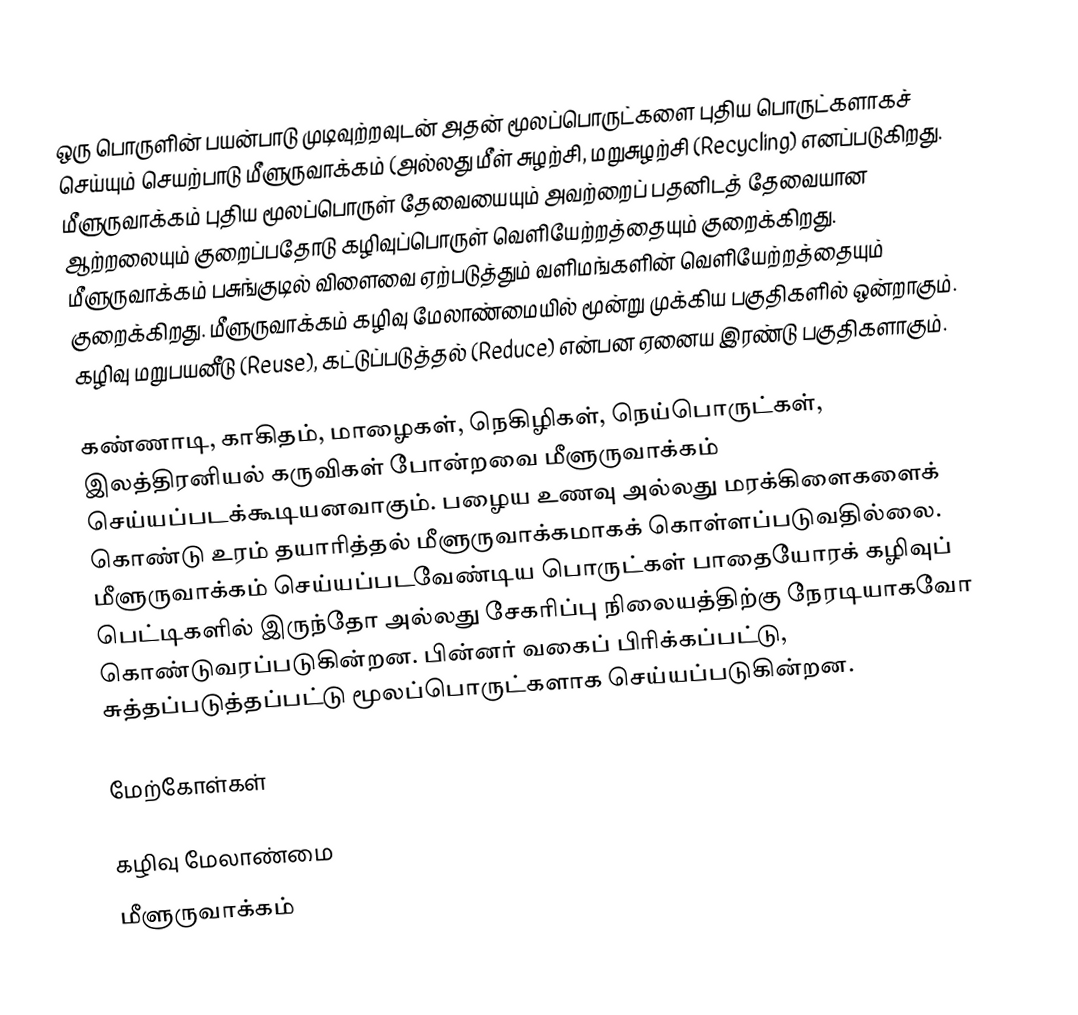
ஒரு பொருளின் பயன்பாடு முடிவுற்றவுடன் அதன் மூலப்பொருட்களை புதிய பொருட்களாகச் செய்யும் செயற்பாடு மீளுருவாக்கம் (அல்லது மீள் சுழற்சி, மறுசுழற்சி (Recycling) எனப்படுகிறது. மீளுருவாக்கம் புதிய மூலப்பொருள் தேவையையும் அவற்றைப் பதனிடத் தேவையான ஆற்றலையும் குறைப்பதோடு கழிவுப்பொருள் வெளியேற்றத்தையும் குறைக்கிறது. மீளுருவாக்கம் பசுங்குடில் விளைவை ஏற்படுத்தும் வளிமங்களின் வெளியேற்றத்தையும் குறைக்கிறது. மீளுருவாக்கம் கழிவு மேலாண்மையில் மூன்று முக்கிய பகுதிகளில் ஒன்றாகும். கழிவு மறுபயனீடு (Reuse), கட்டுப்படுத்தல் (Reduce) என்பன ஏனைய இரண்டு பகுதிகளாகும்.

கண்ணாடி, காகிதம், மாழைகள், நெகிழிகள், நெய்பொருட்கள், இலத்திரனியல் கருவிகள் போன்றவை மீளுருவாக்கம் செய்யப்படக்கூடியனவாகும். பழைய உணவு அல்லது மரக்கிளைகளைக் கொண்டு உரம் தயாரித்தல் மீளுருவாக்கமாகக் கொள்ளப்படுவதில்லை.  மீளுருவாக்கம் செய்யப்படவேண்டிய பொருட்கள் பாதையோரக் கழிவுப் பெட்டிகளில் இருந்தோ அல்லது சேகரிப்பு நிலையத்திற்கு நேரடியாகவோ கொண்டுவரப்படுகின்றன. பின்னர் வகைப் பிரிக்கப்பட்டு, சுத்தப்படுத்தப்பட்டு மூலப்பொருட்களாக செய்யப்படுகின்றன.

மேற்கோள்கள்

கழிவு மேலாண்மை
மீளுருவாக்கம்